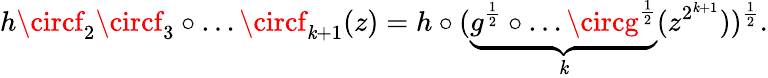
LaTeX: h\circf_{2}\circf_{3}\circ\ldots\circf_{\mathit{k}+1}(z)=h\circ(\underbrace{{g^{\frac{{1}}{{2}}}\circ\ldots\circg^{\frac{{1}}{{2}}}}}_{\mathit{k}}(z^{2^{\mathit{k}+1}}))^{\frac{1}{2}}.